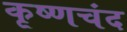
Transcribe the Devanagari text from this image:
कृष्णचंद